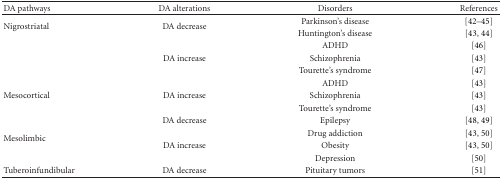
<table><thead><tr><td><b>DA pathways</b></td><td><b>DA alterations</b></td><td><b>Disorders</b></td><td><b>References</b></td></tr></thead><tbody><tr><td rowspan="2">Nigrostriatal</td><td rowspan="2">DA decrease</td><td>Parkinson&#x27;s disease</td><td>[42–45]</td></tr><tr><td>Huntington&#x27;s disease</td><td>[43, 44]</td></tr><tr><td> </td><td> </td><td>ADHD</td><td>[46]</td></tr><tr><td> </td><td>DA increase</td><td>Schizophrenia</td><td>[43]</td></tr><tr><td> </td><td> </td><td>Tourette&#x27;s syndrome</td><td>[47]</td></tr><tr><td> </td><td> </td><td>ADHD</td><td>[43]</td></tr><tr><td>Mesocortical</td><td>DA increase</td><td>Schizophrenia</td><td>[43]</td></tr><tr><td> </td><td> </td><td>Tourette&#x27;s syndrome</td><td>[43]</td></tr><tr><td rowspan="4">Mesolimbic</td><td>DA decrease</td><td>Epilepsy</td><td>[48, 49]</td></tr><tr><td> </td><td>Drug addiction</td><td>[43, 50]</td></tr><tr><td>DA increase</td><td>Obesity</td><td>[43, 50]</td></tr><tr><td> </td><td>Depression</td><td>[50]</td></tr><tr><td>Tuberoinfundibular</td><td>DA decrease</td><td>Pituitary tumors</td><td>[51]</td></tr></tbody></table>